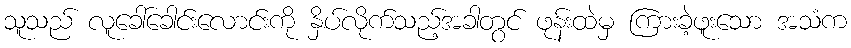
သူသည် လူခေါ်ခေါင်းလောင်းကို နှိပ်လိုက်သည့်အခါတွင် ဖုန်းထဲမှ ကြားခဲ့ဖူးသော အသံက